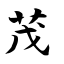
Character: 茂